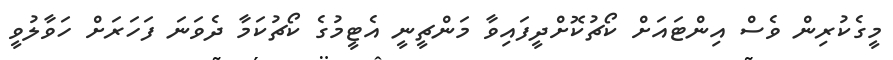
މީގެކުރިން ވެސް އިންޓައަށް ކޯޗުކޮށްދީފައިވާ މަންޗީނީ އެޓީމުގެ ކޯޗުކަމާ ދެވަނަ ފަހަރަށް ހަވާލުވީ